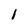
Character: i